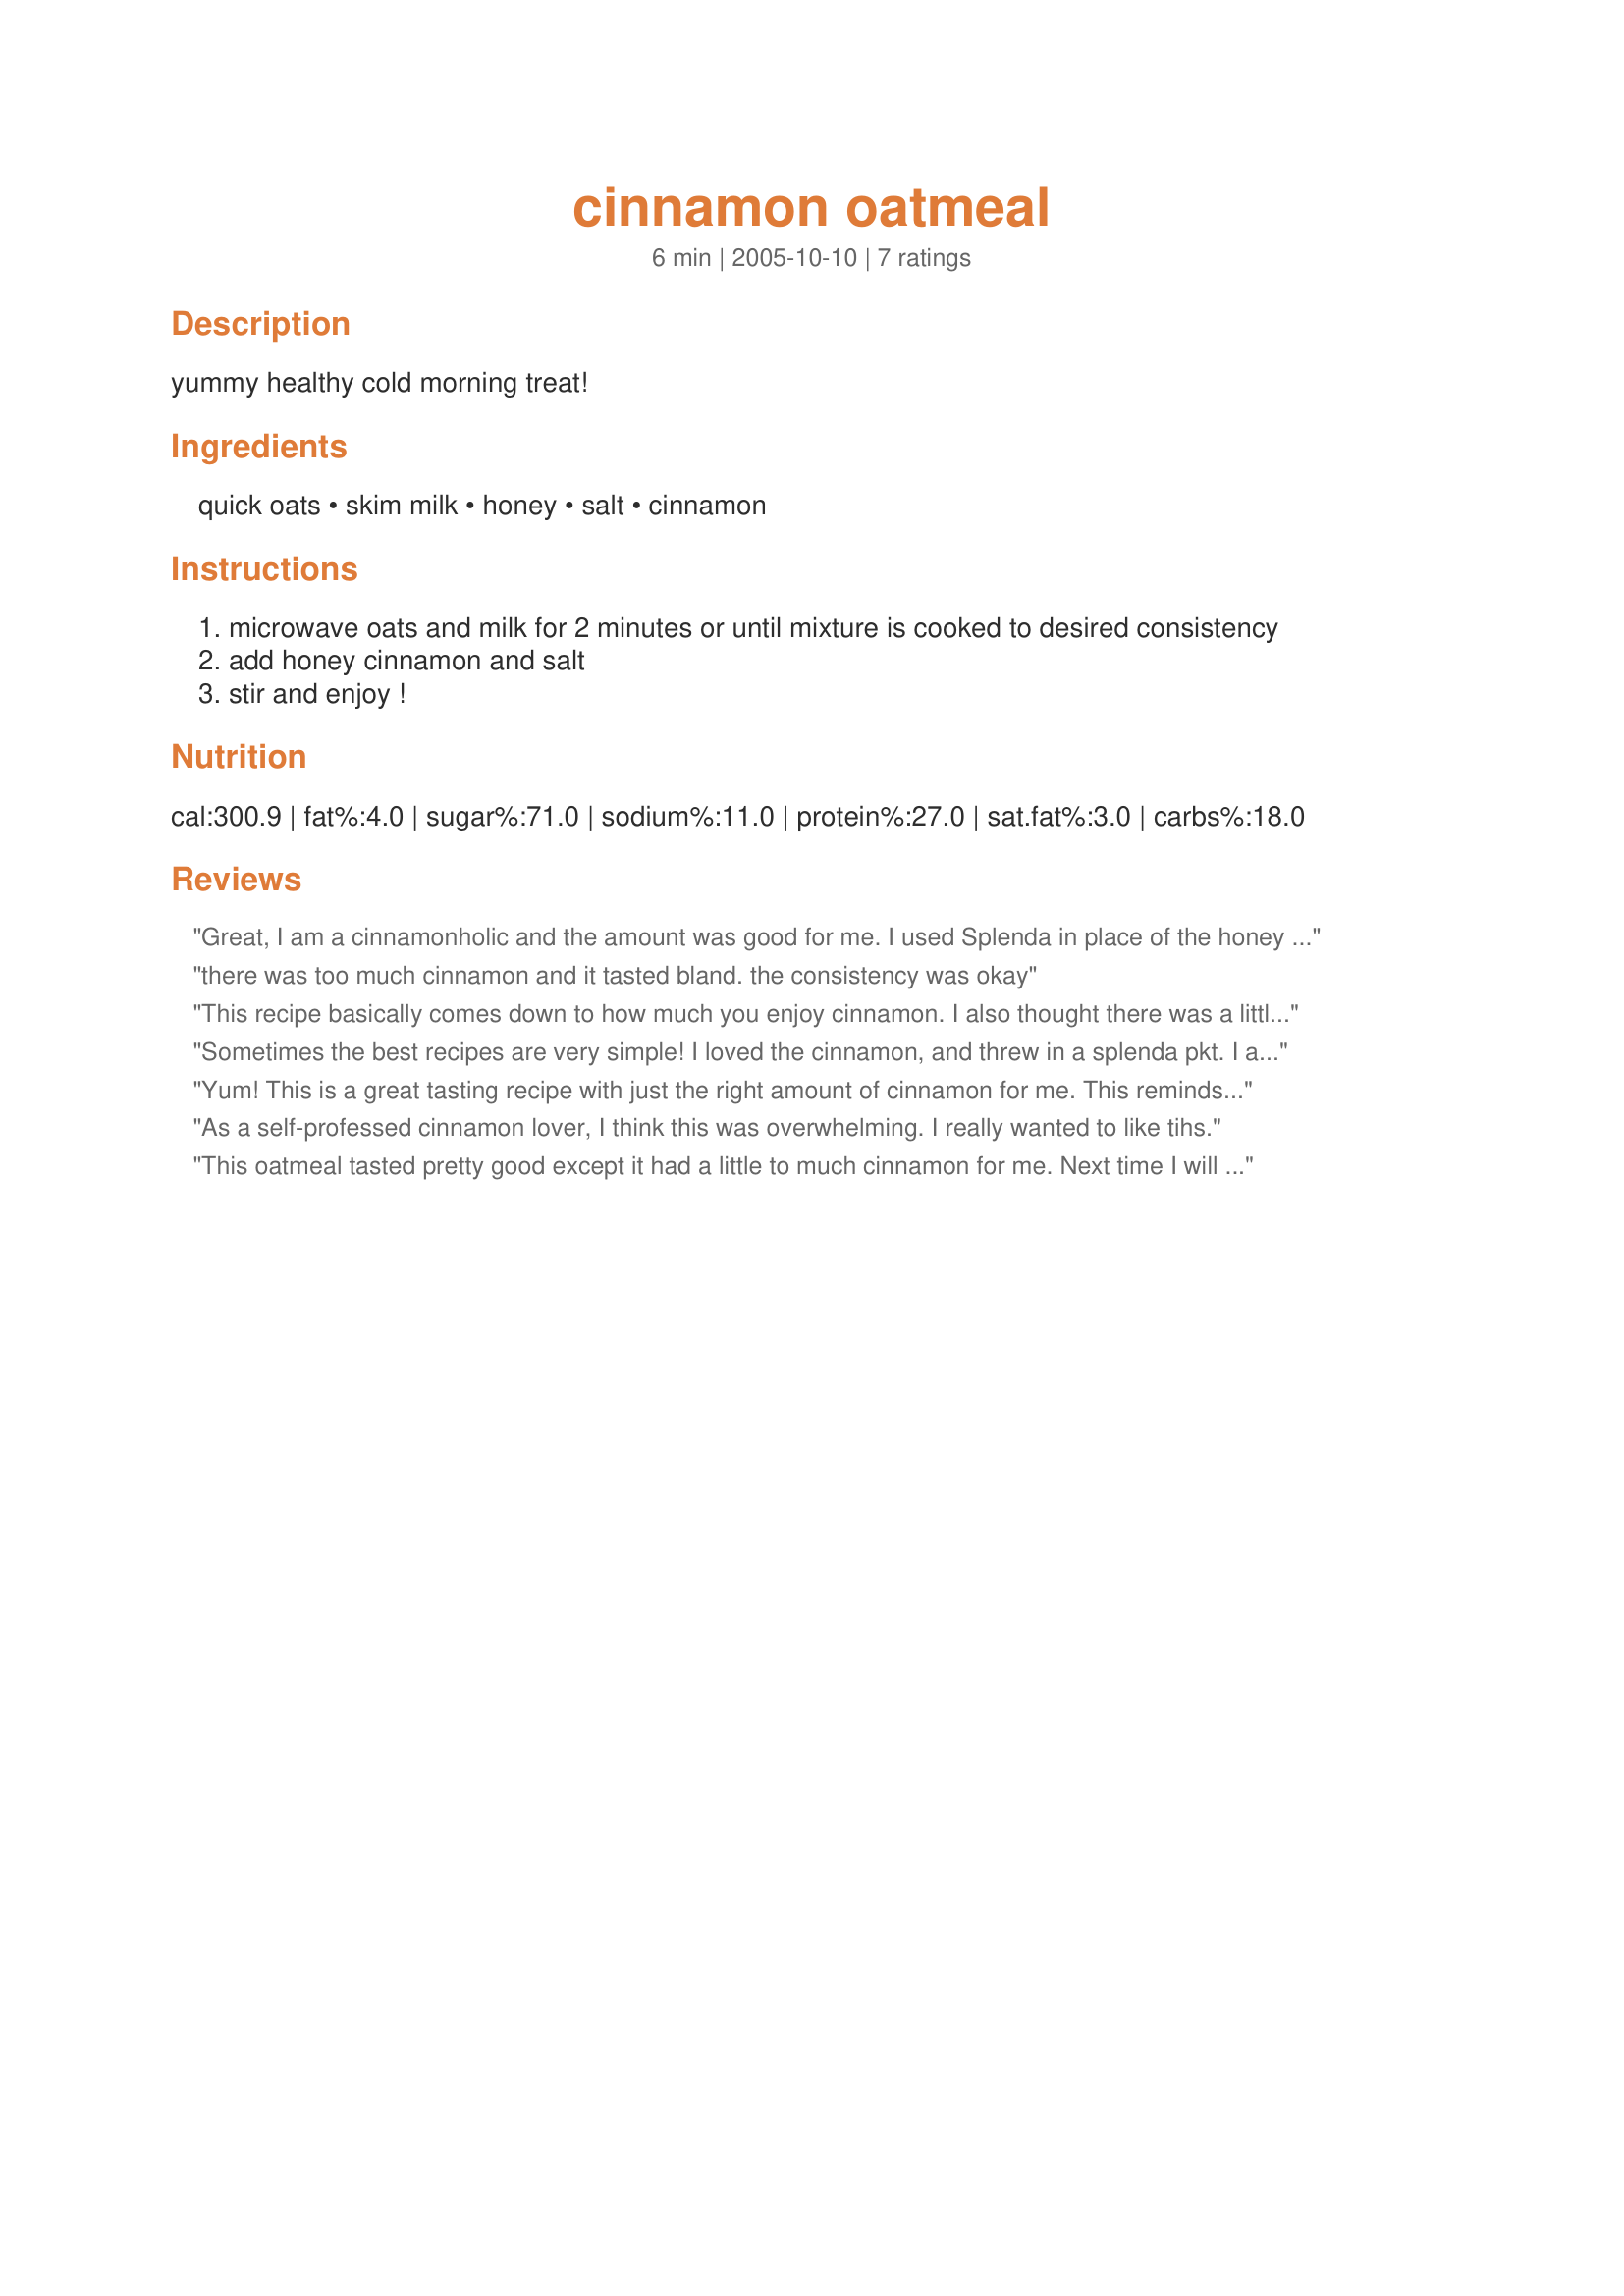
cinnamon oatmeal
Preparation time: 6 minutes

yummy healthy cold morning treat!

Ingredients:
quick oats, skim milk, honey, salt, cinnamon

Steps:
microwave oats and milk for 2 minutes or until mixture is cooked to desired consistency
add honey cinnamon and salt
stir and enjoy !

Reviews:
Great, I am a cinnamonholic and the amount was good for me. I used Splenda in place of the honey and had a very pleasant brekkie. Very fast and filling.
there was too much cinnamon and it tasted bland. the consistency was okay
This recipe basically comes down to how much you enjoy cinnamon. I also thought there was a little bit to much cinnamon in this but everybody has different taste buds! Thanks!

Sometimes the best recipes are very simple! I loved the cinnamon, and threw in a splenda pkt. I also topped it with some sliced banana & a little chopped almonds. Warm & yummy; thank u for sharing!
Yum! This is a great tasting recipe with just the right amount of cinnamon for me. This reminds me of the stuff you buy in the stores but only better!!
As a self-professed cinnamon lover, I think this was overwhelming. I really wanted to like tihs.
This oatmeal tasted pretty good except it had a little to much cinnamon for me. Next time I will use less cinnamon.

Thanks naturefood.

Bullwinkle.
